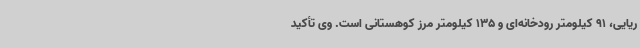
ریایی، 91 کیلومتر رودخانه‌ای و 135 کیلومتر مرز کوهستانی است. وی تأکید